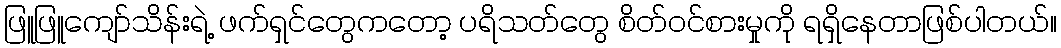
ဖြူဖြူကျော်သိန်းရဲ့ ဖက်ရှင်တွေကတော့ ပရိသတ်တွေ စိတ်ဝင်စားမှုကို ရရှိနေတာဖြစ်ပါတယ်။